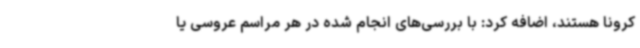
کرونا هستند، اضافه کرد: با بررسی‌های انجام شده در هر مراسم عروسی یا